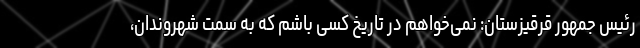
رئیس جمهور قرقیزستان: نمی‌خواهم در تاریخ کسی باشم که به سمت شهروندان،